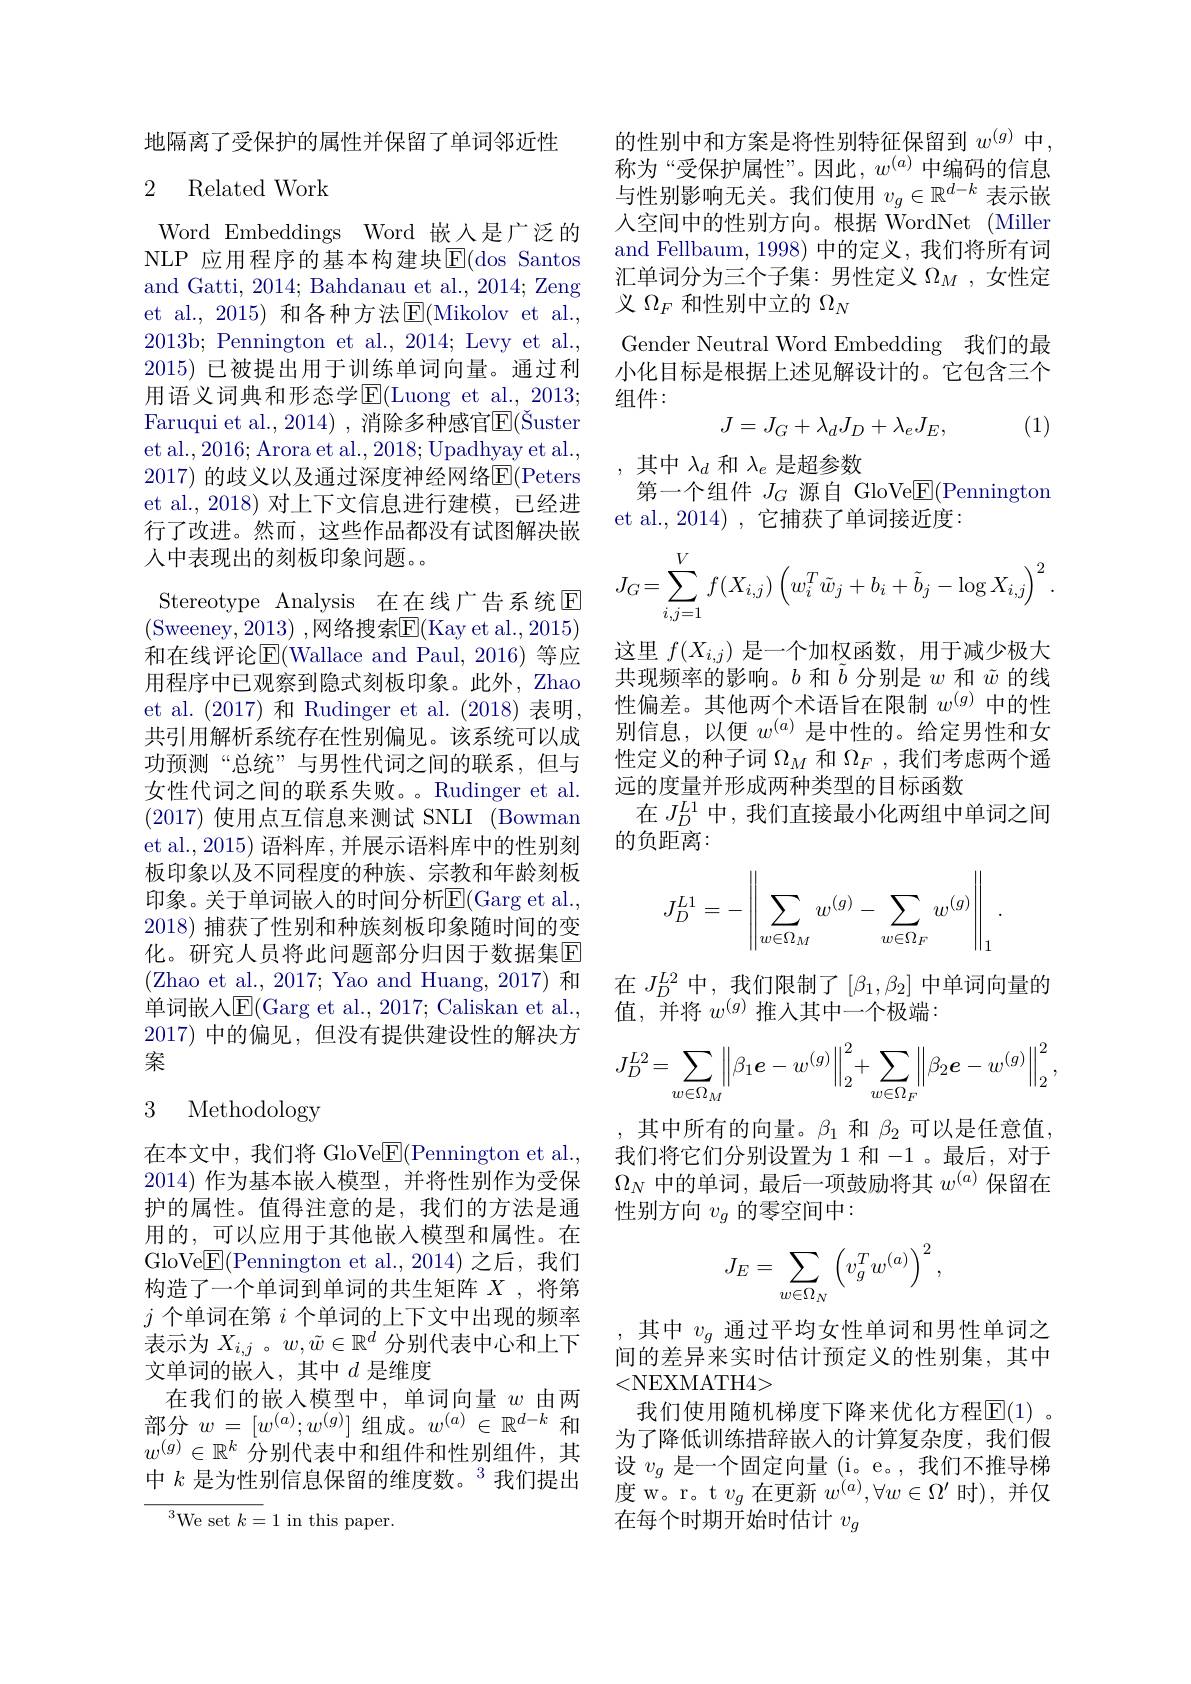
地隔离了受保护的属性并保留了单词邻近性

### 2 Related Work

Word Embeddings Word 嵌入是广泛的NLP 应用程序的基本构建块$\overline{\mathrm{E}}($dos Santos and Gatti, 2014; Bahdanau et al., 2014; Zeng et al., 2015) 和各种方法$\operatorname{\overline{E}}($Mikolov et al., 2013b; Pennington et al., 2014; Levy et al., 2015)已被提出用于训练单词向量。通过利用语义词典和形态学$\operatorname{E}($Luong et al., 2013; Faruqui et al., 2014) , 消除多种感官$\overline{\mathrm{E}}($Šuster et al., 2016; Arora et al., 2018; Upadhyay et al., 2017) 的歧义以及通过深度神经网络E(Peters et al., 2018) 对上下文信息进行建模，已经进行了改进。然而，这些作品都没有试图解决嵌人中表现出的刻板印象问题。
Stereotype Analysis 在在线广告系统$\mathbb{E}$ (Sweeney,2013) ,网络搜索$\overline{\mathrm{E}}($Kay et al.,2015) 和在线评论$\operatorname{E}($Wallace and Paul, 2016) 等应用程序中已观察到隐式刻板印象。此外，Zhao et al. (2017) 和 Rudinger et al. (2018) 表明， 共引用解析系统存在性别偏见。该系统可以成功预测“总统”与男性代词之间的联系，但与女性代词之间的联系失败。Rudinger et al. (2017)使用点互信息来测试 SNLI (Bowman et al., 2015) 语料库，并展示语料库中的性别刻板印象以及不同程度的种族、宗教和年龄刻板印象。关于单词嵌人的时间分析$\overline{\mathrm{E}}($Garg et al., 2018)捕获了性别和种族刻板印象随时间的变化。研究人员将此问题部分归因于数据集$\overline{\mathrm{E}}$ (Zhao et al., 2017; Yao and Huang, 2017) 和单词嵌人$\operatorname{\overline{\mathrm{F}}}($Garg et al., 2017; Caliskan et al., 2017)中的偏见，但没有提供建设性的解决方案
3 Methodology

在本文中，我们将 GloVe$\underline{\mathrm{E}}($Pennington et al. 2014)作为基本嵌入模型，并将性别作为受保护的属性。值得注意的是，我们的方法是通用的，可以应用于其他嵌入模型和属性。在GloVe$\boxed{\mathrm{F}}($Pennington et al.,2014)之后，我们构造了一个单词到单词的共生矩阵$X$ ,将第$j$个单词在第$i$个单词的上下文中出现的频率表示为$X_{i,j}$ 。$w,\tilde{w}\in\mathbb{R}^d$分别代表中心和上下文单词的嵌人，其中$d$ 是维度
在我们的嵌入模型中，单词向量$w$由两部分$w=[w^{(a)};w^{(g)}]$组成。$w^(a)\in\mathbb{R}^d-k$ 和$w^{(g)}\in\mathbb{R}^k$分别代表中和组件和性别组件，其中$k\text{ 是为性别信息保留的维度数。}^{3}$我们提出
${\overline{{^3}\mathrm{We~set~}k=1}}$ in this paper.

的性别中和方案是将性别特征保留到$w^{(g)}$中， 称为“受保护属性”。因此，$w^{(a)}$中编码的信息与性别影响无关。我们使用$v_g\in\mathbb{R}^d-k$表示嵌人空间中的性别方向。根据 WordNet (Miller and Fellbaum, 1998) 中的定义，我们将所有词汇单词分为三个子集：男性定义$\Omega_M$,女性定义$\Omega_{F}$和性别中立的$\Omega_N$
Gender Neutral Word Embedding 我们的最小化目标是根据上述见解设计的。它包含三个组件：
$$J=J_G+\lambda_dJ_D+\lambda_eJ_E,$$
(1)

其中$\lambda_d$和$\lambda_e$是超参数
第一个组件$J_G$源自 GloVe$\underline{\mathrm{E}}($Pennington
et al., 2014) , 它捕获了单词接近度：
$$J_G=\sum\limits_{i,j=1}^Vf(X_{i,j})\left(w_i^T\tilde{w}_j+b_i+\tilde{b}_j-\log X_{i,j}\right)^2.$$
这里$f(X_{i,j})$是一个加权函数，用于减少极大共现频率的影响。$b$和$\tilde{b}$分别是$w$和$\tilde{w}$的线性偏差。其他两个术语旨在限制$w^{(g)}$中的性别信息，以便$w^{(a)}$是中性的。给定男性和女性定义的种子词$\Omega_M$和$\Omega_F$,我们考虑两个遥远的度量并形成两种类型的目标函数
在$J_D^{L1}$中，我们直接最小化两组中单词之间
的负距离：
$$J_D^{L1}=-\left\|\sum_{w\in\Omega_M}w^{(g)}-\sum_{w\in\Omega_F}w^{(g)}\right\|_1.$$
在$J_D^{L2}$中，我们限制了$[\beta_1,\beta_2]$中单词向量的
值，并将$w^{(g)}$推入其中一个极端：
$$J_D^{L2}=\sum\limits_{w\in\Omega_M}\left\|\beta_1\boldsymbol{e}-w^{(g)}\right\|_2^2+\sum\limits_{w\in\Omega_F}\left\|\beta_2\boldsymbol{e}-w^{(g)}\right\|_2^2,$$
其中所有的向量。$\beta_1$和$\beta_2$可以是任意值我们将它们分别设置为1 和-1 。最后，对于$\Omega_N$中的单词，最后一项鼓励将其$w^(a)$保留在性别方向$v_g$的零空间中：
$$J_E=\sum_{w\in\Omega_N}\left(v_g^Tw^{(a)}\right)^2,$$
,其中$v_g$通过平均女性单词和男性单词之间的差异来实时估计预定义的性别集，其中<NEXMATH4>
我们使用随机梯度下降来优化方程$\mathbb{E}(1)$。为了降低训练措辞嵌入的计算复杂度，我们假设$v_g$是一个固定向量 (i。e。, 我们不推导梯度 w。r。t $v_g$在更新$w^(a),\forall w\in\Omega^\prime$时),并仅在每个时期开始时估计$v_g$